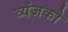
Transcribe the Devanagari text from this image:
व्यंजको